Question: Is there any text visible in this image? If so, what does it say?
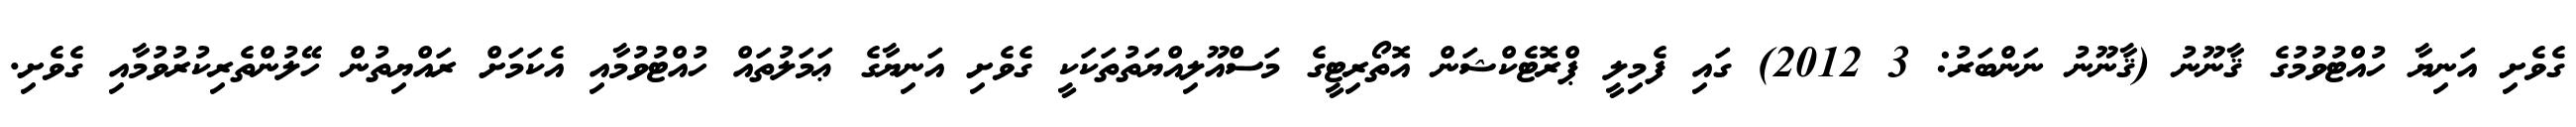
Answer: ގެވެށި އަނިޔާ ހުއްޓުވުމުގެ ޤާނޫނު (ޤާނޫނު ނަންބަރު: 3 2012) ގައި ފެމިލީ ޕްރޮޓެކްޝަން އޮތޯރިޓީގެ މަސްއޫލިއްޔަތުތަކަކީ ގެވެށި އަނިޔާގެ ޢަމަލުތައް ހުއްޓުވުމާއި އެކަމަށް ރައްޔިތުން ހޭލުންތެރިކުރުވުމާއި ގެވެށި.